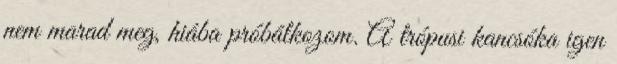
nem marad meg, hiába próbálkozom. A trópusi kancsóka igen